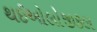
થઈઓલોજીકલ